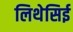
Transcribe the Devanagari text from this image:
लिथेसिई